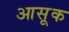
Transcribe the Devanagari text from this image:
आसूक